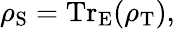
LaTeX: \rho_{\mathrm{S}}=\operatorname{Tr}_{\mathrm{E}}(\rho_{\mathrm{T}}),